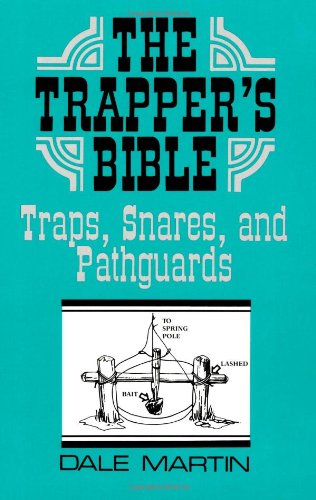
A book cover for The Trapper's Bible: Traps, Snares & Pathguards; Dale Martin; Sports & Outdoors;